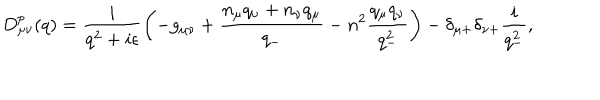
D _ { { \mu } { \nu } } ^ { p } ( q ) = \frac { i } { q ^ { 2 } + i { \epsilon } } \left( - g _ { { \mu } { \nu } } + \frac { n _ { \mu } q _ { \nu } + n _ { \nu } q _ { \mu } } { q _ { - } } - n ^ { 2 } \frac { q _ { \mu } q _ { \nu } } { q _ { - } ^ { 2 } } \right) - { \delta } _ { { \mu } + } { \delta } _ { { \nu } + } \frac { i } { q _ { - } ^ { 2 } } ,